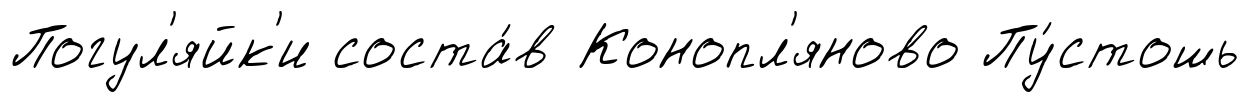
Погул'яйк'и соста́в Конопл'яново Пу́стошь